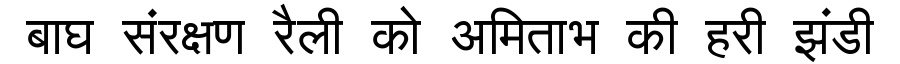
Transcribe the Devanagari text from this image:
बाघ संरक्षण रैली को अमिताभ की हरी झंडी